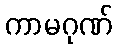
ကာမဂုဏ်